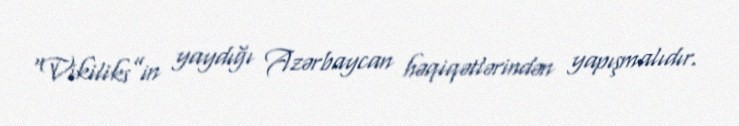
“Vikiliks”in yaydığı Azərbaycan həqiqətlərindən yapışmalıdır.